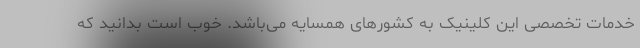
خدمات تخصصی این کلینیک به کشورهای همسایه می‌باشد. خوب است بدانید که